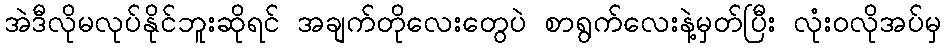
အဲဒီလိုမလုပ်နိုင်ဘူးဆိုရင် အချက်တိုလေးတွေပဲ စာရွက်လေးနဲ့မှတ်ပြီး လုံးဝလိုအပ်မှ